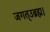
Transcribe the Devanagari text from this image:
जगत्उब्रह्म।